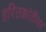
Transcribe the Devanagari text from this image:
हरितक्रांतीवर